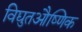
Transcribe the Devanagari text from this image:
विद्युतऔष्णिक